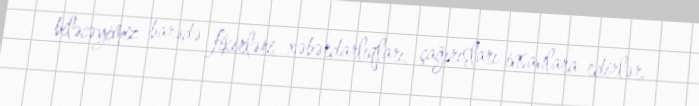
biləcəyimiz barədə fikirləri, xəbərdarlıqları, çağırışları insanlara edirlər.